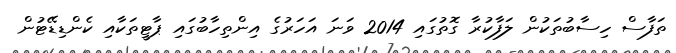
ތަފާސް ހިސާބުތަކުން ލަފާކުރާ ގޮތުގައި 2014 ވަނަ އަހަރުގެ އިންތިހާބުގައި ޕާޓީތަކާއި ކެންޑިޑޭޓުން